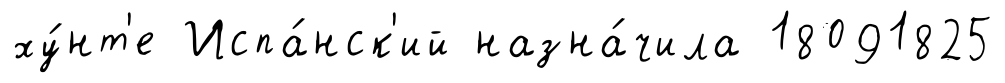
ху́нт'е Испа́нск'ий назна́чила 18091825